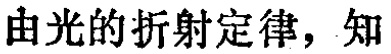
由光的折射定律，知